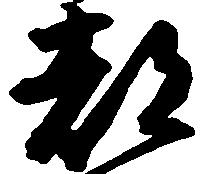
都